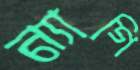
ন্যাগি